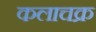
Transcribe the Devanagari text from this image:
कलाचक्र